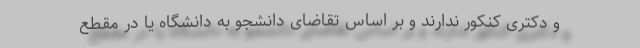
و دکتری کنکور ندارند و بر اساس تقاضای دانشجو به دانشگاه یا در مقطع